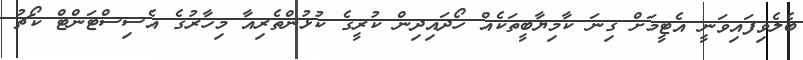
ބެލެވިފައިވަނީ އެޓީމަށް ގިނަ ކާމިޔާބީތަކެއް ހޯދައިދިން ކުރީގެ ކުޅުންތެރިއާ މިހާރުގެ އެސިސްޓަންޓް ކޯޗު